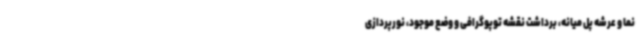
نما و عرشه پل میانه، برداشت نقشه توپوگرافی و وضع موجود، نورپردازی